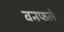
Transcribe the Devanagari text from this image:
वनफुले